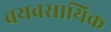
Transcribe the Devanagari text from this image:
वयवसायिक